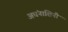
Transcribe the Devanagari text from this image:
अघंनाशिनी